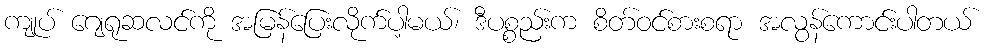
ကျုပ် ဂျေရုဆလင်ကို အမြန်ပြေးလိုက်ပါ့မယ်၊ ဒီပစ္စည်းက စိတ်ဝင်စားစရာ အလွန်ကောင်းပါတယ်